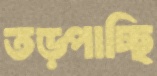
তড়্‌পাচ্ছি